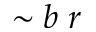
\sim b \; r